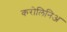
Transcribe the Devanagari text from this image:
करोलिनिअ